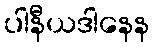
ပါနီယဒါနေန